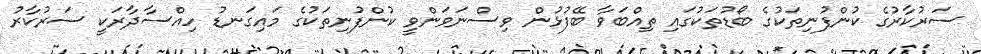
ސަރުކާރުގެ ކުންފުނިތަކުގެ ބޯޑުތަކުގައި ތިއްބަވާ ބޭފުޅުން ވިސްނަވަންވީ ކުންފުނިތަކުގެ މައިގަނޑު ހިއްސާދާރަކީ ސަރުކާރު